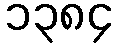
၁၃၈၄